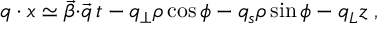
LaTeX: q \cdot x \simeq { \vec { \beta } } { \cdot } { \vec { q } } \, t - q _ { \perp } \rho \cos \phi - q _ { s } \rho \sin \phi - q _ { L } z \; ,